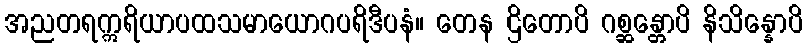
အညတရဣရိယာပထသမာယောဂပရိဒီပနံ။ တေန ဌိတောပိ ဂစ္ဆန္တောပိ နိသိန္နောပိ